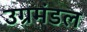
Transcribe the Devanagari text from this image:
उग्रमंडल